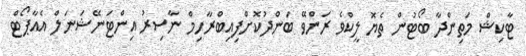
ޓާކިޝް މަތިންދާ ބޯޓުން ތެޔޮ ލީކްވެ ރަންވޭ ބަންދުކޮށްފިއިބްރާހިމް ނާސިރު އިންޓަނޭޝަނަލް އެއާޕޯޓް